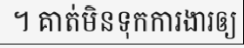
។ គាត់មិនទុកការងារឲ្យ